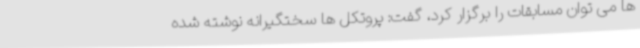
ها می توان مسابقات را برگزار کرد، گفت: پروتکل ها سختگیرانه نوشته شده